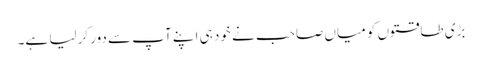
بڑی طاقتوں کو میاں صاحب نے خود ہی اپنے آپ سے دور کرلیا ہے۔